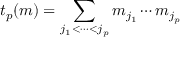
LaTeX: t _ { p } ( m ) = \sum _ { j _ { 1 } < \cdots < j _ { p } } m _ { j _ { 1 } } \cdots m _ { j _ { p } }